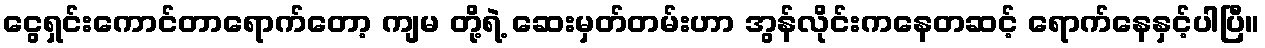
ငွေရှင်းကောင်တာရောက်တော့ ကျမ တို့ရဲ့ ဆေးမှတ်တမ်းဟာ အွန်လိုင်းကနေတဆင့် ရောက်နေနှင့်ပါပြီ။